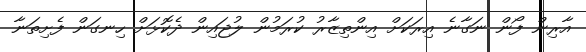
އާރިން ފޯން ނަގާނެ އިރަކަށް އިންތިޒާރު ކުރަމުން ލުޖައިން ދެކޮޅަށް ހިނގަން ފެށިތަނާ